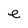
Character: e